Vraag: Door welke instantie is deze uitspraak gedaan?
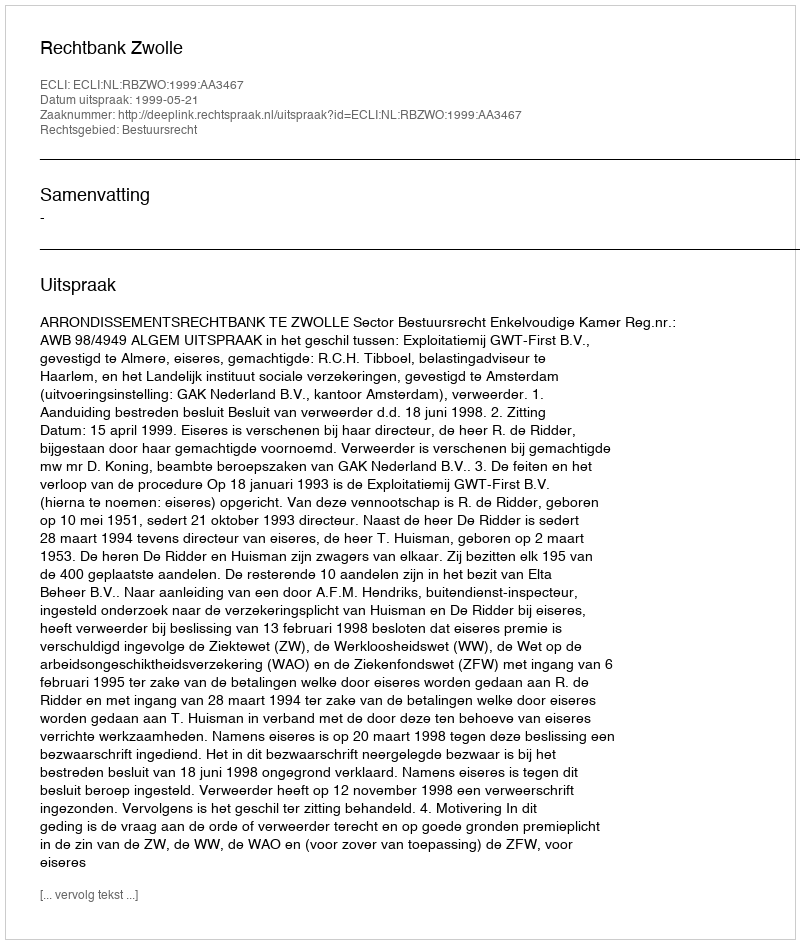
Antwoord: Rechtbank Zwolle